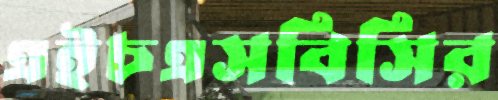
এইচএসবিসির